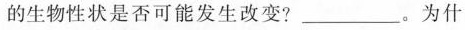
的生物性状是否可能发生改变?____。为什